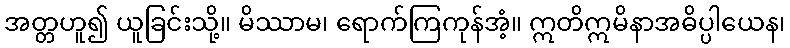
အတ္တဟူ၍ ယူခြင်းသို့။ မိဿာမ၊ ရောက်ကြကုန်အံ့။ ဣတိဣမိနာအဓိပ္ပါယေန၊